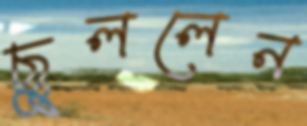
ছুললেন